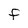
Character: f